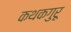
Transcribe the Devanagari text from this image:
कथकगुरू